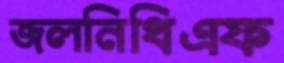
জলনিধিএফ